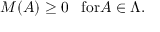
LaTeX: M ( A ) \geq 0 \; \; \; \mathrm { f o r } A \in \Lambda .